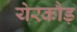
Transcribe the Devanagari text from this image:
येरकौड़